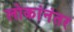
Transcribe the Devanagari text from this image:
लोकांनंतर